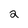
Character: 2